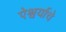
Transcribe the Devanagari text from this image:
ऐश्वर्याचे